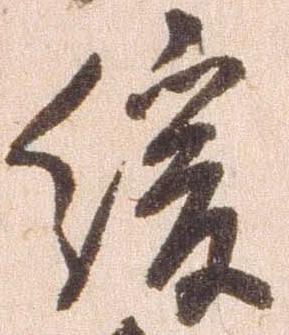
緩